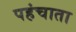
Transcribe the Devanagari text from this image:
पहंचाता